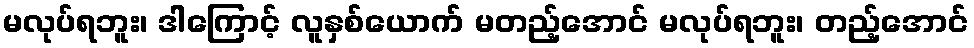
မလုပ်ရဘူး၊ ဒါကြောင့် လူနှစ်ယောက် မတည့်အောင် မလုပ်ရဘူး၊ တည့်အောင်